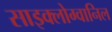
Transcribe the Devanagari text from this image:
साइक्लोग्वानिल